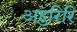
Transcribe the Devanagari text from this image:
अहुरिरि